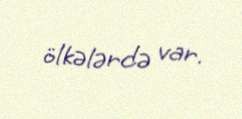
ölkələrdə var.